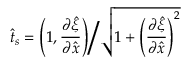
\hat { t } _ { s } = \left( 1 , \frac { \partial \hat { \xi } } { \partial \hat { x } } \right) \bigg / \sqrt { 1 + \left( \frac { \partial \hat { \xi } } { \partial \hat { x } } \right) ^ { 2 } }